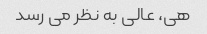
هی، عالی به نظر می رسد